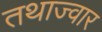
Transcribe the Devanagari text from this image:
तथाज्वार